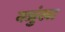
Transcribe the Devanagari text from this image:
क्जुंखा